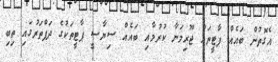
އެގޮތުން ބައެއް ޕާޓީތައް ޖޫރިމަނާ ކުރުމާއި ބައެއް ސިޔާސީ ޕާޓީތަކުގެ ދަފްތަރުގައި ތިބި